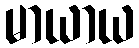
မာယာယ